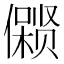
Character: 𱏛